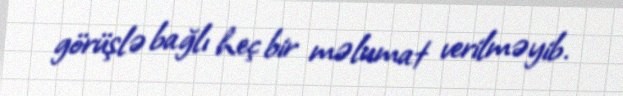
görüşlə bağlı heç bir məlumat verilməyib.